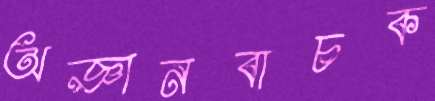
অজ্ঞানবাচক